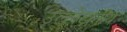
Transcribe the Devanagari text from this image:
उल्लेख्ननीय